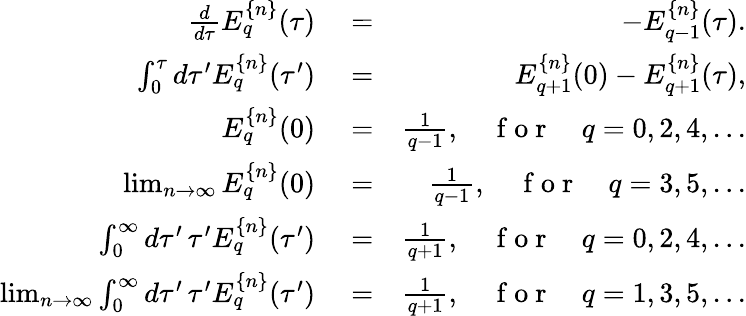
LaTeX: \begin{array}{rlr}{\frac{d}{d\tau}E_{q}^{\{ n\} }(\tau)}&{{}=}&{-E_{q-1}^{\{ n\} }(\tau).}\\ {\int_{0}^{\tau}d\tau^{\prime}E_{q}^{\{ n\} }(\tau^{\prime})}&{{}=}&{E_{q+1}^{\{ n\} }(0)-E_{q+1}^{\{ n\} }(\tau),}\\ {E_{q}^{\{ n\} }(0)}&{{}=}&{\frac{1}{q-1},\quad\mathrm{~f~o~r~}\quad q=0,2,4,...}\\ {\operatorname*{lim}_{n\to\infty}E_{q}^{\{ n\} }(0)}&{{}=}&{\frac{1}{q-1},\quad\mathrm{~f~o~r~}\quad q=3,5,...}\\ {\int_{0}^{\infty}d\tau^{\prime}\, \tau^{\prime}E_{q}^{\{ n\} }(\tau^{\prime})}&{{}=}&{\frac{1}{q+1},\quad\mathrm{~f~o~r~}\quad q=0,2,4,...}\\ {\operatorname*{lim}_{n\to\infty}\int_{0}^{\infty}d\tau^{\prime}\, \tau^{\prime}E_{q}^{\{ n\} }(\tau^{\prime})}&{{}=}&{\frac{1}{q+1},\quad\mathrm{~f~o~r~}\quad q=1,3,5,...}\end{array}